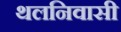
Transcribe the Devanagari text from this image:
थलनिवासी